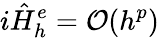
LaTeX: i\hat{H}_{h}^{e}={\cal O}(h^{p})